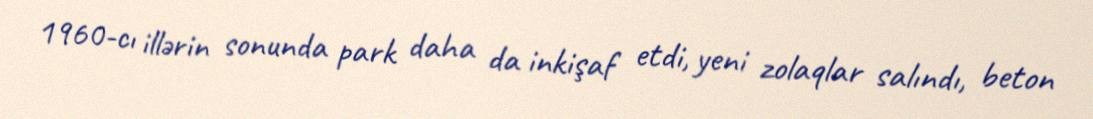
1960-cı illərin sonunda park daha da inkişaf etdi, yeni zolaqlar salındı, beton